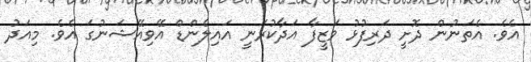
އެވެ. އެތަނުން ދޮށީ ދަރިފުޅު ވަޒީފާ އަދާކުރަނީ އައިލެންޑް އޭވިއޭޝަނުގަ އެވެ. މިއަދު